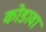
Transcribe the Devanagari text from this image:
कोडावा